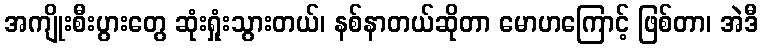
အကျိုးစီးပွားတွေ ဆုံးရှုံးသွားတယ်၊ နစ်နာတယ်ဆိုတာ မောဟကြောင့် ဖြစ်တာ၊ အဲဒီ